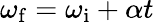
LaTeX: \omega_{\mathrm{f}}=\omega_{\mathrm{i}}+\alpha t